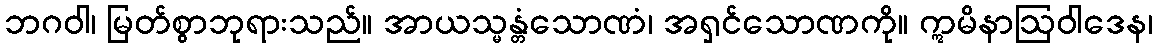
ဘဂဝါ၊ မြတ်စွာဘုရားသည်။ အာယသ္မန္တံသောဏံ၊ အရှင်သောဏကို။ ဣမိနာဩဝါဒေန၊